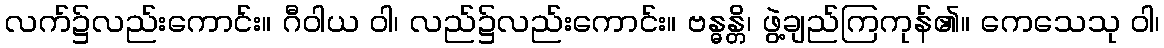
လက်၌လည်းကောင်း။ ဂီဝါယ ဝါ၊ လည်၌လည်းကောင်း။ ဗန္ဓန္တိ၊ ဖွဲ့ချည်ကြကုန်၏။ ကေသေသု ဝါ၊